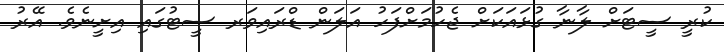
ކުރީ ސީޓަށް ލާނާ ގުޅައަކަށް ޖެހުމަށްފަހު އަލަން ޑްރައިވަރ ސީޓުގައި އިށީނެވެ. އޭރު